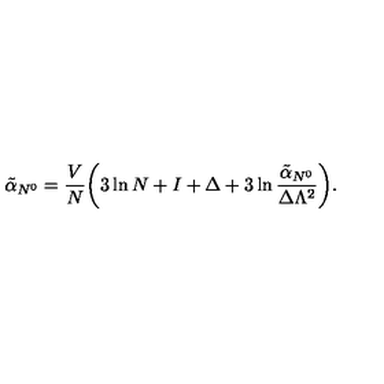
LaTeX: \tilde { \alpha } _ { N ^ { 0 } } = { \frac { V } { N } } \biggl ( 3 \ln N + I + \Delta + 3 \ln { \frac { \tilde { \alpha } _ { N ^ { 0 } } } { \Delta \Lambda ^ { 2 } } } \biggr ) .